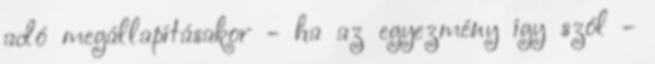
adó megállapításakor - ha az egyezmény így szól -